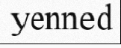
yenned